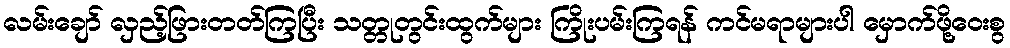
လမ်းချော် လှည့်ဖြားတတ်ကြပြီး သတ္တုတွင်းထွက်များ ကြိုးပမ်းကြရန် ကင်မရာများပါ မှောက်ဖို့ဝေးစွ